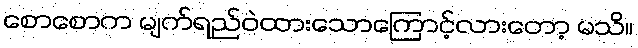
စောစောက မျက်ရည်ဝဲထားသောကြောင့်လားတော့ မသိ။